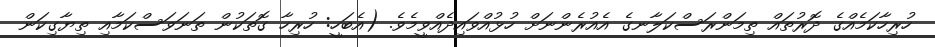
ހުރިހާކަމެއްގެ ދޮރުތައް ތިމަންރަސްކަލާނގެ އެއުރެންނަށް ހުޅުއްވައިދެއްވީމެވެ. (އެބަހީ: ހުރިހާ ގޮތަކުން ތަނަވަސްކަމާއި ތިޔާގިކަން